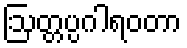
ဩတ္တပ္ပဂါရဝတာ